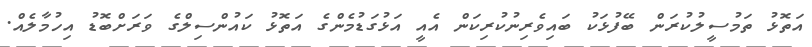
އަތޮޅު ތަމުސީލުކުރަން ބޭފުޅަކު ބައިވެރިނުކުރިކަން އެއީ އަޅުގަޑުމެންގެ އަތޮޅު ކައުންސިލްގެ ވަރަށްބޮޑު އިހުމާލެއް.